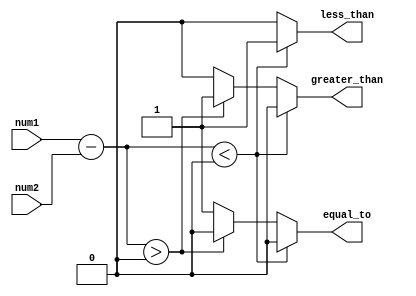
module inequality_comparator (
    input [7:0] num1,
    input [7:0] num2,
    output less_than,
    output greater_than,
    output equal_to
);

reg less_than;
reg greater_than;
reg equal_to;

wire [7:0] difference;

assign difference = num1 - num2;

always @(*) begin
    if (difference < 8'b0) begin
        less_than = 1;
        greater_than = 0;
        equal_to = 0;
    end else if (difference > 8'b0) begin
        less_than = 0;
        greater_than = 1;
        equal_to = 0;
    end else begin
        less_than = 0;
        greater_than = 0;
        equal_to = 1;
    end
end

endmodule